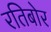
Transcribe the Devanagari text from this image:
रतिबोर